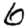
Digit: 6